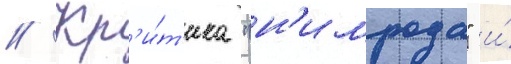
// Кр'и́т'ика "н'имрода" и́